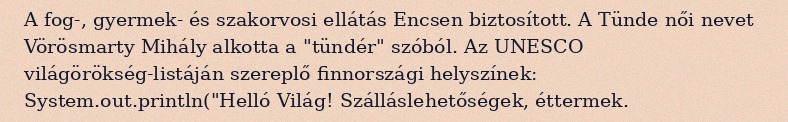
A fog-, gyermek- és szakorvosi ellátás Encsen biztosított. A Tünde női nevet Vörösmarty Mihály alkotta a "tündér" szóból. Az UNESCO világörökség-listáján szereplő finnországi helyszínek: System.out.println("Helló Világ! Szálláslehetőségek, éttermek.